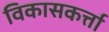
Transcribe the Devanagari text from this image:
विकासकर्त्ता